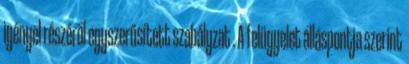
igényel részéről egyszerűsített szabályzat . A felügyelet álláspontja szerint